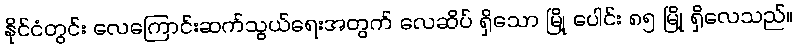
နိုင်ငံတွင်း လေကြောင်းဆက်သွယ်ရေးအတွက် လေဆိပ် ရှိသော မြို့ ပေါင်း ၈၅ မြို့ ရှိလေသည်။